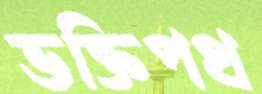
ভক্তিপথ